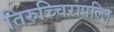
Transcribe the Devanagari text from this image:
तिरुच्चिरापल्लि